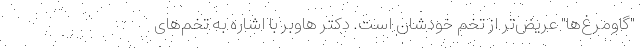
"گاومرغ‌ها" عریض‌تر از تخم خودشان است. دکتر هاوبر با اشاره به تخم‌های